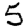
Digit: 5